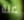
عنة